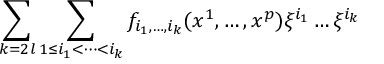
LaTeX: \sum _ { k = 2 l } \sum _ { 1 \le i _ { 1 } < \dots < i _ { k } } f _ { i _ { 1 } , \dots , i _ { k } } ( x ^ { 1 } , \dots , x ^ { p } ) \xi ^ { i _ { 1 } } \dots \xi ^ { i _ { k } }